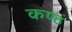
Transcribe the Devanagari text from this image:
कण्ठं